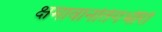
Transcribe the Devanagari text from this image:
क्षमावानतिगंभीरो